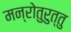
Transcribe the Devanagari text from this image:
मन्रोतुरुत्तु